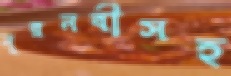
নূরনবীসহ